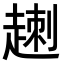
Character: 𧼕